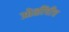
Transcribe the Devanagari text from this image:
ओळींचीच